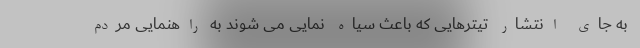
به جاى انتشار تیترهایى که باعث سیاه نمایى مى شوند به راهنمایى مردم